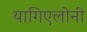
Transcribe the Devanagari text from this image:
यागिएलोनी